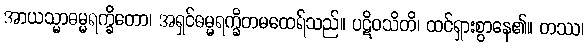
အာယသ္မာဓမ္မရက္ခိတော၊ အရှင်ဓမ္မရက္ခိတမထေရ်သည်။ ပဋိဝသိတိ၊ ထင်ရှားစွာနေ၏။ တဿ၊